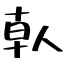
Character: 倝